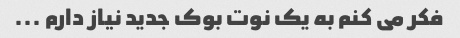
فکر می کنم به یک نوت بوک جدید نیاز دارم ...